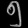
Digit: ၅